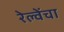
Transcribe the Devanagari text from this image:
रेल्वेंचा